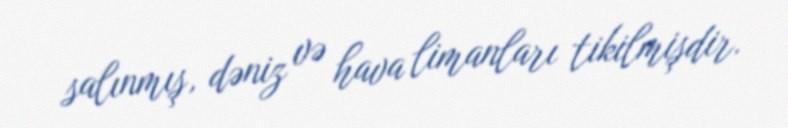
salınmış, dəniz və hava limanları tikilmişdir.